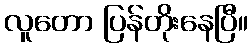
လူတော ပြန်တိုးနေပြီ။